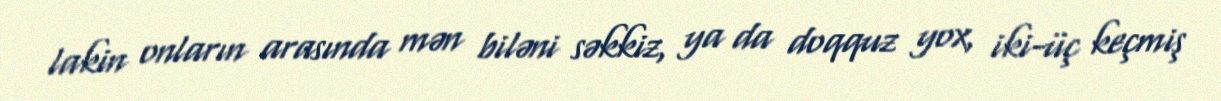
lakin onların arasında mən biləni səkkiz, ya da doqquz yox, iki-üç keçmiş